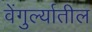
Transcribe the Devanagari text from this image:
वेंगुर्ल्यातील